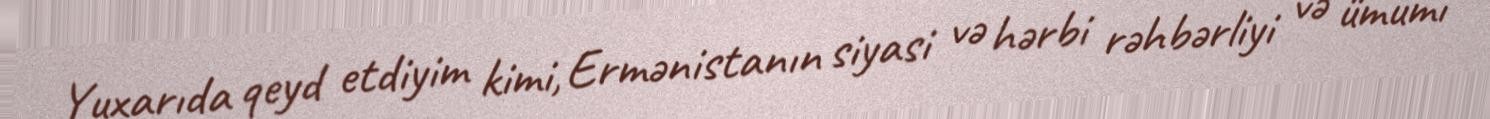
Yuxarıda qeyd etdiyim kimi, Ermənistanın siyasi və hərbi rəhbərliyi və ümumi